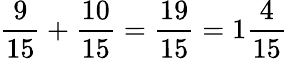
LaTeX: {\frac{9}{15}}+{\frac{10}{15}}={\frac{19}{15}}=1{\frac{4}{15}}